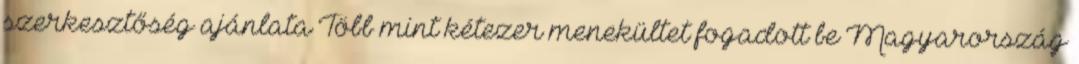
szerkesztőség ajánlata Több mint kétezer menekültet fogadott be Magyarország